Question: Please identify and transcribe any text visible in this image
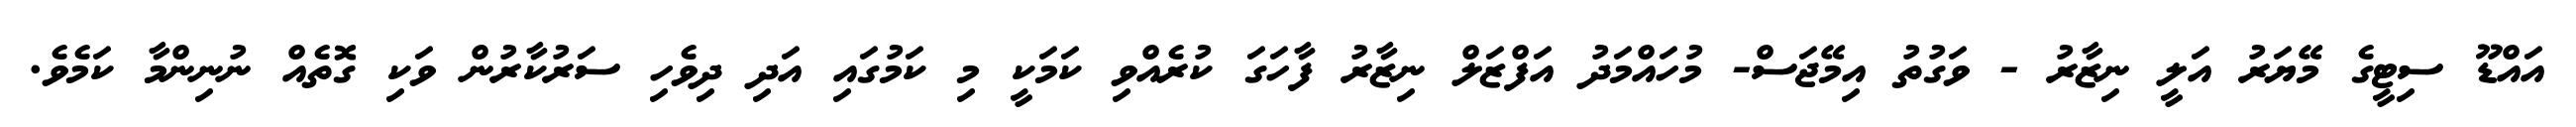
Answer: އައްޑޫ ސިޓީގެ މޭޔަރު އަލީ ނިޒާރު - ވަގުތު އިމޭޖަސް- މުހައްމަދު އަފްޒަލް ނިޒާރު ފާހަގަ ކުރެއްވި ކަމަކީ މި ކަމުގައި އަދި ދިވެހި ސަރުކާރުން ވަކި ގޮތެއް ނުނިންމާ ކަމެވެ.